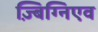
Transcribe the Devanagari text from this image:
ज़्बिग्निएव